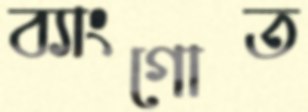
ব্যাংগোত